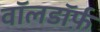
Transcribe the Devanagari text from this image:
वॉलडॉर्फ़